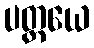
ပတ္ထယေ